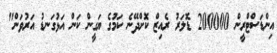
އިންޑަސްޓްރީން 200000 ޑޮލަރު ރެއިޒް ކޮށްދޭނެ ކަމުގެ ޔަގީން ކަން އަޅުގަނޑު އަރުވަން"